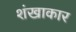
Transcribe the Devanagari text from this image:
शंखाकार